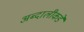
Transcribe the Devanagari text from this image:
अब्दालीकडे